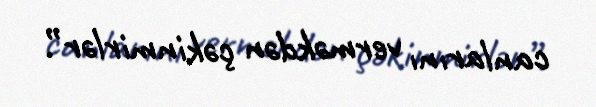
canlarını verməkdən çəkinmirlər”.